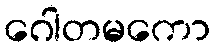
ဂေါတမကော